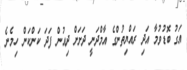
އަގު ބޮޑުވުމާ އަދި ރައްޔިތުންގެ އާމްދަނީ ދަށަށް ދިއުން ފަދަ ކަންކަން ހިމެނެ